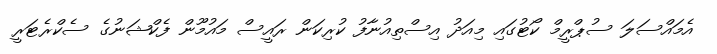
އެމައްސަލަ ސުޕްރީމް ކޯޓުގައި މިއަދު އިސްތިއުނާފު ކުރިކަން ރައީސް މައުމޫން ފެކްޝަނުގެ ސެކްރެޓަރީ